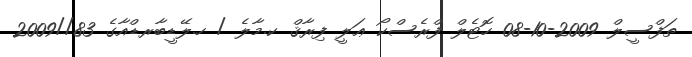
ތަފްސީލް 2009-10-08 ހޮޓެލް ފްރެސްކޯ ޢަލީ ފިރާޤް ކ.މާލެ / ހ.ލޭޑީބާރޑްއާގެ 83//2009